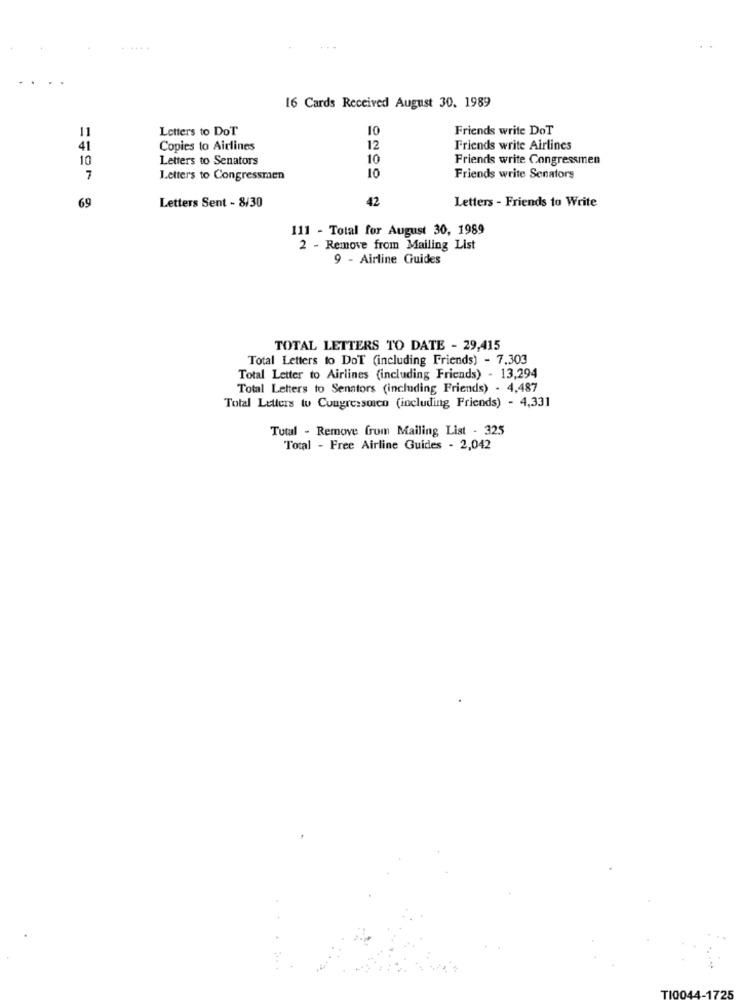
16 Cards Received August 30. 1989
Letters to DoT
10
Friends write DoT
11
41
Copies to Airlines
12
Friends write Airlines
10
Letters to Senators
10
Friends write Congressmen
7
Letters to Congressmen
10
Friends write Senators
69
42
Letters - Friends to Write
Letters Sent - 8/30
111 - Total for August 30, 1989
2 - Remove from Mailing List
9 - Airline Guides
TOTAL LETTERS TO DATE - 29,415
Total Letters to DoT (including Friends) - 7.303
Total Letter to Airlines (including Friends) - 13,294
Total Letters to Senators (including Friends) - 4,487
Total Letters to Congressoien (including Friends) - 4,331
Tutal - Remove from Mailing List - 325
Total - Free Airline Guides - 2,042